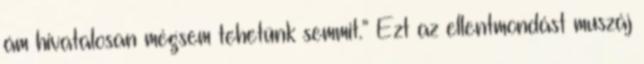
ám hivatalosan mégsem tehetünk sem­mit.” Ezt az ellentmondást muszáj